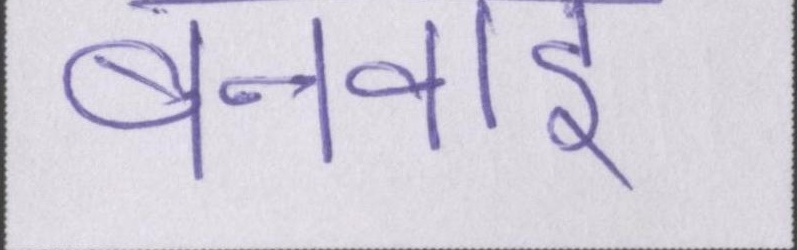
बनवाई